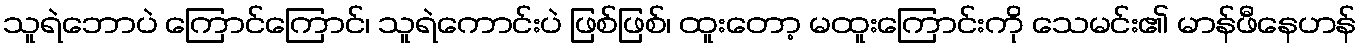
သူရဲဘောပဲ ကြောင်ကြောင်၊ သူရဲကောင်းပဲ ဖြစ်ဖြစ်၊ ထူးတော့ မထူးကြောင်းကို သေမင်း၏ မာန်ဖီနေဟန်